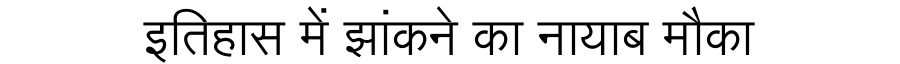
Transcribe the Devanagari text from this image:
इतिहास में झांकने का नायाब मौका